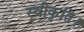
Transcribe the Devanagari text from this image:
स्वीकृति।